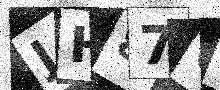
Text: JH87OU